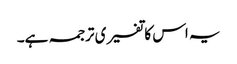
یہ اس کا تفسیری ترجمہ ہے۔